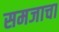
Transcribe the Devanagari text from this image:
समजाचा